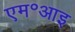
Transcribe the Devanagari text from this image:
एम॰आइ